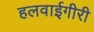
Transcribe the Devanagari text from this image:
हलवाईगीरी